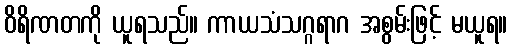
ဝိရိဏတကို ယူရသည်။ ကာယသံသဂ္ဂရာဂ အစွမ်းဖြင့် မယူရ။